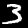
Label: 3